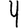
Digit: 4